Leprosy in India: report of the Leprosy Commission in India, 1890-91
Year: 1890
Disease focus: Leprosy
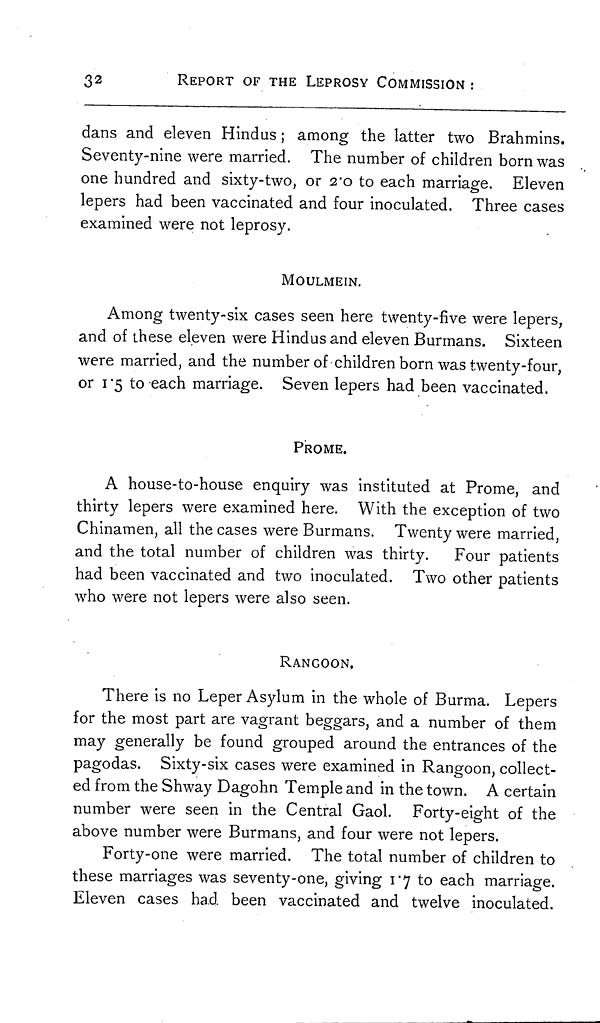
32
REPORT OF THE LEPROSY COMMISSION :
dans and eleven Hindus ; among the latter two Brahmins.
Seventy-nine were married. The number of children born was
one hundred and sixty-two, or 2.0 to each marriage. Eleven
lepers had been vaccinated and four inoculated. Three cases
examined were not leprosy.
MOULMEIN.
Among twenty-six cases seen here twenty-five were lepers,
and of these eleven were Hindusand eleven Burmans. Sixteen
were married, and the number of children born was twenty-four,
or 1.5 to each marriage. Seven lepers had been vaccinated.
PROME.
A house-to-house enquiry was instituted at Prome, and
thirty lepers were examined here. With the exception of two
Chinamen, all the cases were Burmans. Twenty were married,
and the total number of children was thirty. Four patients
had been vaccinated and two inoculated. Two other patients
who were not lepers were also seen.
RANGOON.
There is no Leper Asylum in the whole of Burma. Lepers
for the most part are vagrant beggars, and a number of them
may generally be found grouped around the entrances of the
pagodas. Sixty-six cases were examined in Rangoon, collect-
ed from the Shway Dagohn Temple and in the town. A certain
number were seen in the Central Gaol. Forty-eight of the
above number were Burmans, and four were not lepers.
Forty-one were married. The total number of children to
these marriages was seventy-one, giving 1.7 to each marriage.
Eleven cases had been vaccinated and twelve inoculated.